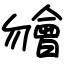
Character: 𣍐